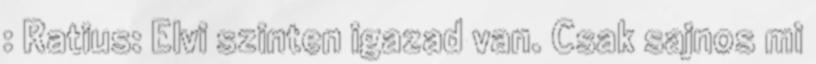
: Ratius: Elvi szinten igazad van. Csak sajnos mi